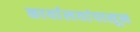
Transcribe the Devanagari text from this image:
कार्यालयांपासून